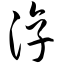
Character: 淳